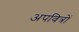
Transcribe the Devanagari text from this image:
अपवित्रों